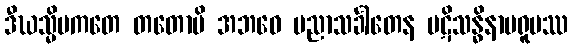
ဒီဃသ္မိမကတေ တတောပိ အဘဝေ ပညာသင်္ခါတေန ပဋိသန္ဓိနာမရူပဿ